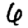
Digit: 6